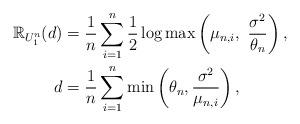
LaTeX: \begin{align*}\mathbb{R}_{U_1^n} (d) &= \frac{1}{n}\sum_{i = 1}^n \frac{1}{2}\log \max\left(\mu_{n, i},~\frac{\sigma^2}{\theta_n}\right), \\d &= \frac{1}{n}\sum_{i = 1}^n \min\left(\theta_n, \frac{\sigma^2}{\mu_{n,i}}\right),\end{align*}